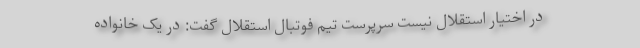
در اختیار استقلال نیست سرپرست تیم فوتبال استقلال گفت: در یک خانواده